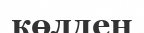
көлден